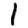
Digit: 1